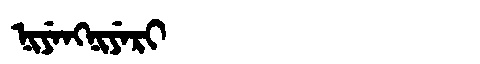
Manchu: ᠨᡳᠶᡝᠩᠨᡳᠶᡝᡵᡳ
Romanization: NIYENGNIYERI